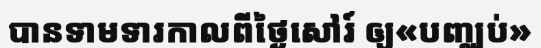
បានទាមទារកាលពីថ្ងៃសៅរ៍ ឲ្យ«បញ្ឈប់»